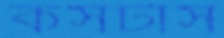
কসটাস